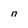
Character: n